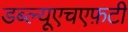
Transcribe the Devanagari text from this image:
डब्ल्यूएचएफ़टी